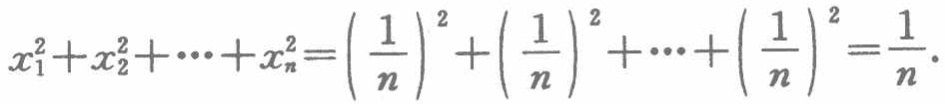
\(x_{1}^{2}+x_{2}^{2}+\cdots +x_{n}^{2}=\left(\frac{1}{n}\right)^{2}+\left(\frac{1}{n}\right)^{2}+\cdots +\left(\frac{1}{n}\right)^{2}=\frac{1}{n}\)